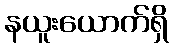
နယူးယောက်ရှိ